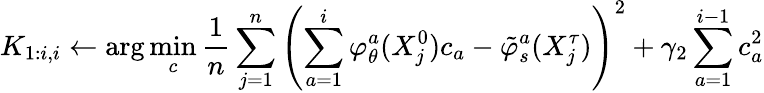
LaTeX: K_{1:i,i}\gets\arg\operatorname*{min}_{c}\frac{1}{n}\sum_{j=1}^{n}\left(\sum_{a=1}^{i}\varphi_{\theta}^{a}(X_{j}^{0})c_{a}-\tilde{\varphi}_{s}^{a}(X_{j}^{\tau})\right)^{2}+\gamma_{2}\sum_{a=1}^{i-1}c_{a}^{2}